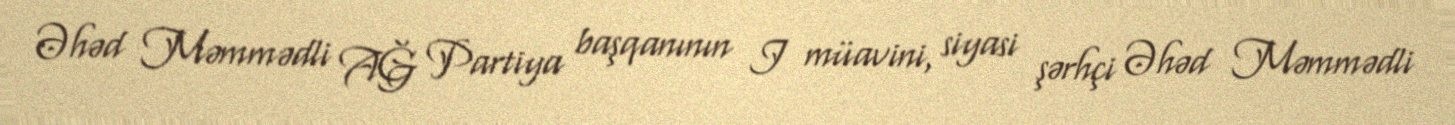
Əhəd Məmmədli AĞ Partiya başqanının I müavini, siyasi şərhçi Əhəd Məmmədli